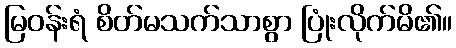
မြဝန်းရံ စိတ်မသက်သာစွာ ပြုံးလိုက်မိ၏။